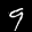
Label: 9